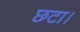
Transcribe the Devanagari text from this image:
छटा।